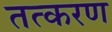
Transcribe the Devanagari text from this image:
तत्करण